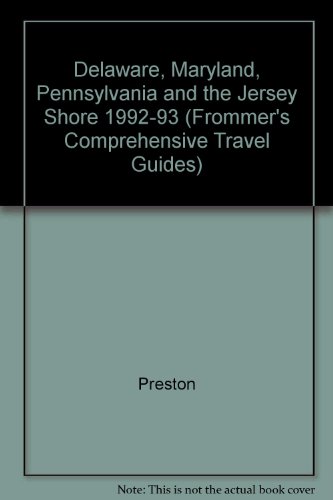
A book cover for Frommer's Delaware, Maryland, Pennsylvania and the New Jersey Shore '92-'93 (Frommer's Maryland & Delaware); Patricia Tunison Preston; Travel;